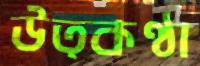
উত্কণ্ঠা